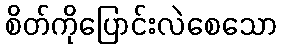
စိတ်ကိုပြောင်းလဲစေသော